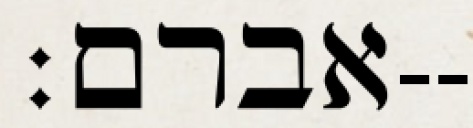
אברם׃--